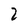
Character: 2